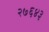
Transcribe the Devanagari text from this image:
२७६४३